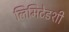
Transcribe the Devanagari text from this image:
लिमिटेडशी